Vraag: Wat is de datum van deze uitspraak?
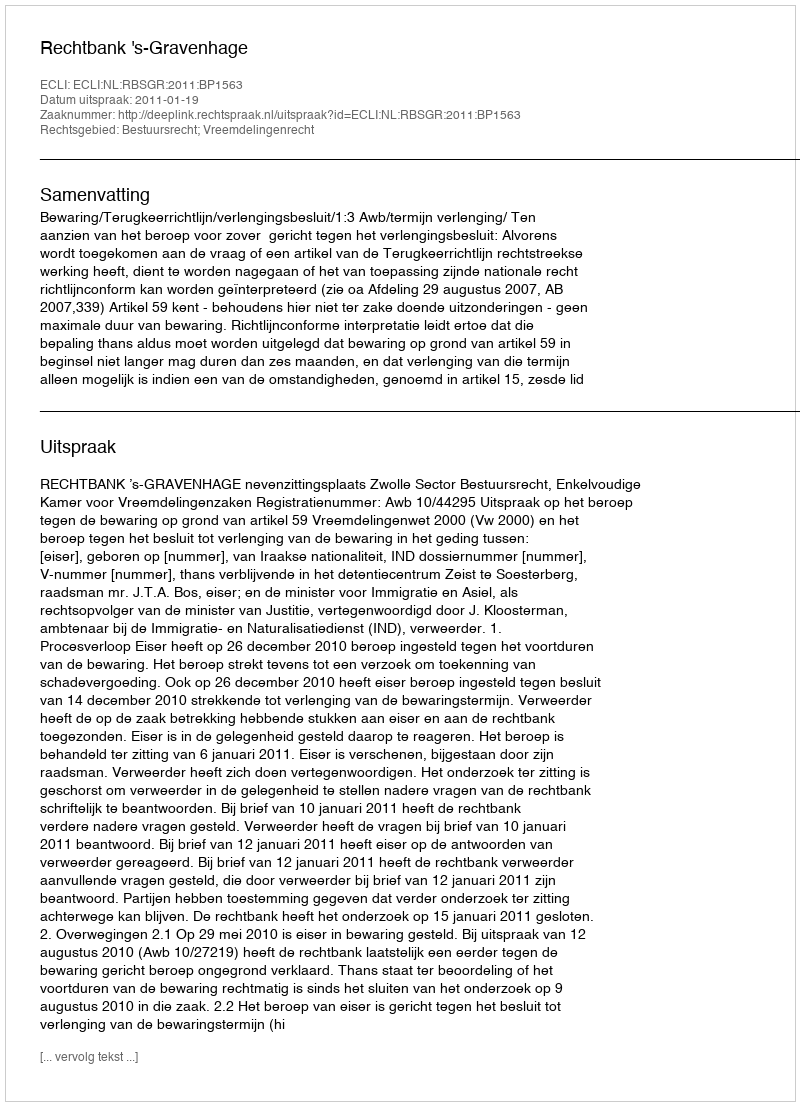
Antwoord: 2011-01-19